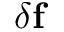
\delta \mathbf { f }